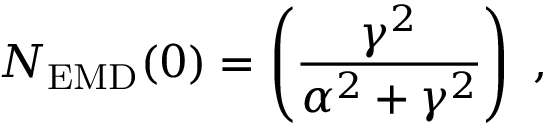
N _ { \mathrm { E M D } } ( 0 ) = \left( \frac { \gamma ^ { 2 } } { \alpha ^ { 2 } + \gamma ^ { 2 } } \right) \ ,